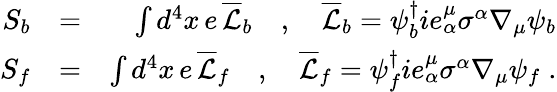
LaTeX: \begin{array}{rlr}{S_{b}}&{=}&{\int d^{4}x\, e\, \overline{{\mathcal{L}}}_{b}\quad,\quad\overline{{\mathcal{L}}}_{b}=\psi_{b}^{\dagger}ie_{\alpha}^{\mu}\sigma^{\alpha}\nabla_{\mu}\psi_{b}}\\ {S_{f}}&{=}&{\int d^{4}x\, e\, \overline{{\mathcal{L}}}_{f}\quad,\quad\overline{{\mathcal{L}}}_{f}=\psi_{f}^{\dagger}ie_{\alpha}^{\mu}\sigma^{\alpha}\nabla_{\mu}\psi_{f}\; .}\end{array}